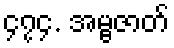
၄၇၄. အမ္ဗဇာတ်